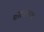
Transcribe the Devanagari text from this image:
शतवात्तक